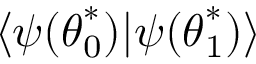
\langle \psi ( { \boldsymbol { \theta } } _ { 0 } ^ { * } ) | \psi ( { \boldsymbol { \theta } } _ { 1 } ^ { * } ) \rangle